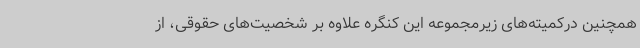
همچنین درکمیته‌های زیرمجموعه این کنگره علاوه بر شخصیت‌های حقوقی، از